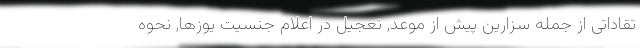
تقاداتی از جمله سزارین پیش از موعد, تعجیل در اعلام جنسیت یوزها, نحوه